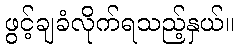
ဖွင့်ချခံလိုက်ရသည့်နှယ်။